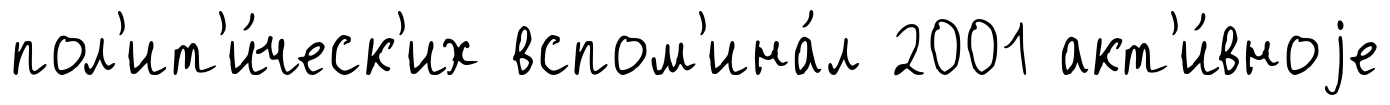
пол'ит'и́ческ'их вспом'ина́л 2001 акт'и́вноjе